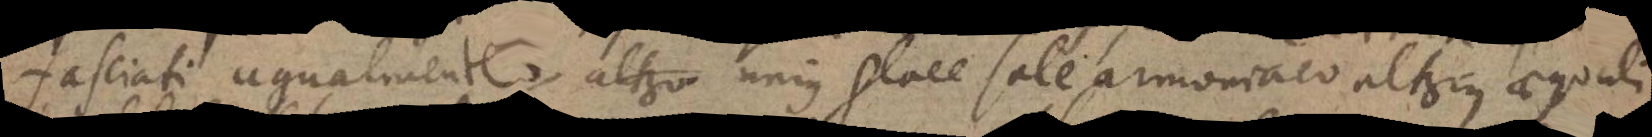
fasciati ugualmente, altero unius glace sale armoniaco alterius aequali